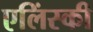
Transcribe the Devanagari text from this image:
एलिंस्की